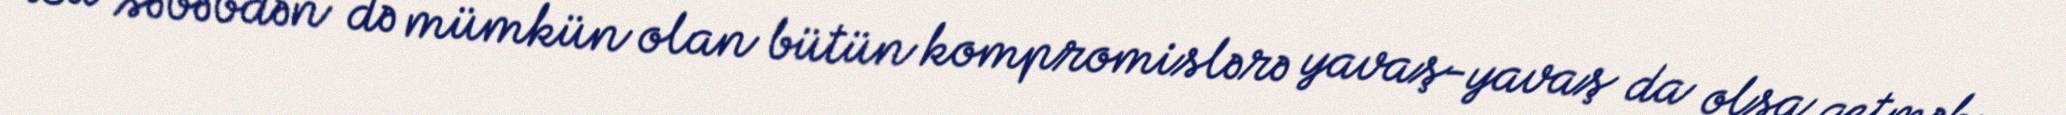
Bu səbəbdən də mümkün olan bütün kompromislərə yavaş-yavaş da olsa getmək